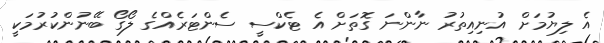
އެ ލިޔުމަށް އުނިއިތުރު ނާންނަ ގޮތަށް އެ ޓެކްސީ ސެންޓަރެއްގެ ލޯގޯ ބޭނުންކުރުމަކީ